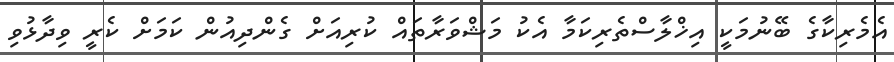
އެމެރިކާގެ ބޭނުމަކީ އިޚްލާސްތެރިކަމާ އެކު މަޝްވަރާތައް ކުރިއަށް ގެންދިއުން ކަމަށް ކެރީ ވިދާޅުވި